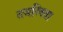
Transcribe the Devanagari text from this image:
तजस्विता